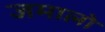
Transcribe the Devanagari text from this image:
जमालो